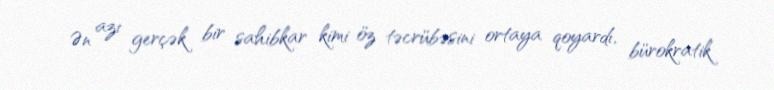
Ən azı gerçək bir sahibkar kimi öz təcrübəsini ortaya qoyardı, bürokratik